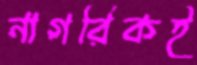
নাগরিকই